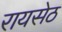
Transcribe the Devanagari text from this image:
रायसेठ